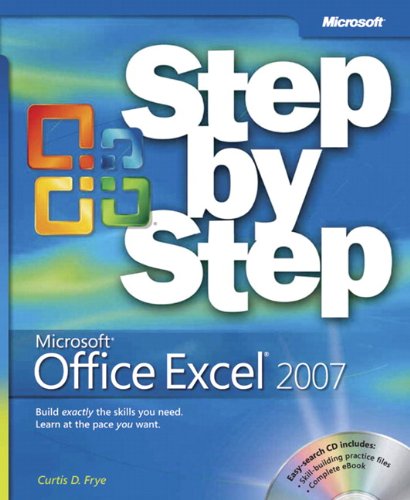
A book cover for Microsoft Office Excel 2007 Step by Step; Curtis Frye; Computers & Technology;